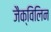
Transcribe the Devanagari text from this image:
जैक्विलिन